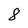
Character: 8